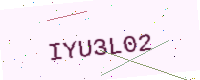
Text: IYU3L02